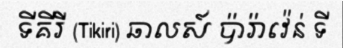
ទីគីរី (Tikiri) ឆាលស៍ ប៉ារ៉ាវ៉េន់ ទី